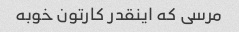
مرسی که اینقدر کارتون خوبه